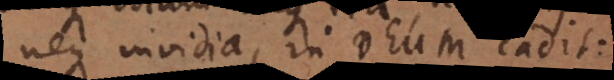
neque invidia, in Deum cadit.